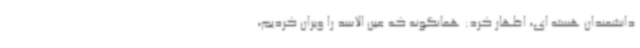
دانشمندان هسته ای، اظهار کرد: همانگونه که عین الاسد را ویران کردیم،